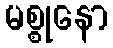
မစ္စုနော